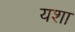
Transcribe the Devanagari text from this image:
यशा